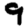
Digit: 9